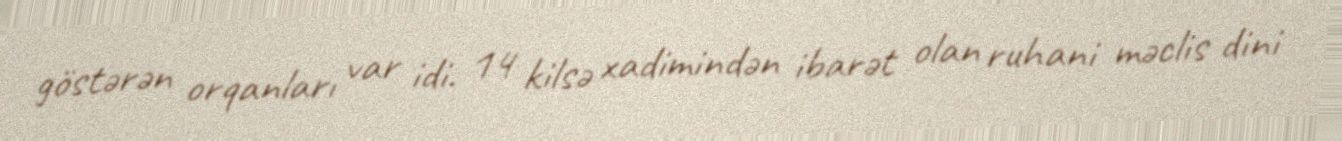
göstərən orqanları var idi. 14 kilsə xadimindən ibarət olan ruhani məclis dini